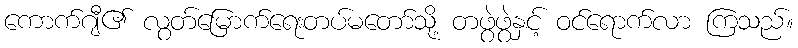
ကောက်ဂျီ၏ လွတ်မြောက်ရေးတပ်မတော်သို့ တဖွဲဖွဲနှင့် ဝင်ရောက်လာ ကြသည်။